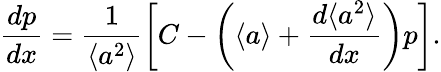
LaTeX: \frac{dp}{dx}=\frac{1}{\langle a^{2}\rangle}\left[C-\left(\langle a\rangle+\frac{d\langle a^{2}\rangle}{dx}\right)p\right].